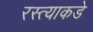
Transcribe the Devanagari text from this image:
रस्त्याकडे